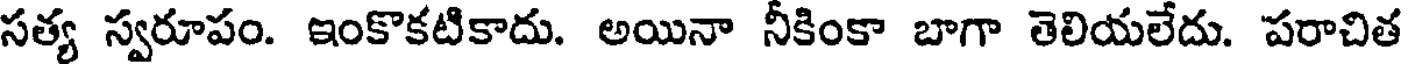
సత్య స్వరూపం. ఇంకొకటికాదు. అయినా నీకింకా బాగా తెలియలేదు. పరాచిత